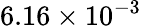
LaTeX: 6.16\times 10^{-3}